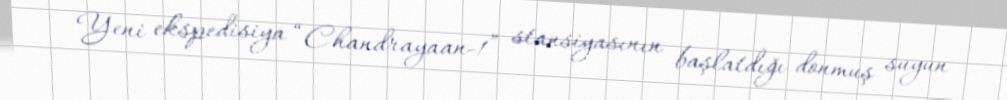
Yeni ekspedisiya “Chandrayaan-1” stansiyasının başlatdığı donmuş suyun